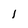
Character: l